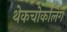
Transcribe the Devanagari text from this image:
थेकचोकलिंग